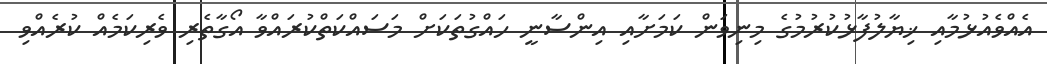
އެއްވެއުޅުމާއި ޚިޔާލުފާޅުކުރުމުގެ މިނިވަން ކަމަށާއި އިންސާނީ ހައްގުތަކަށް މަސައްކަތްކުރައްވާ އޯގާތެރި ވެރިކަމެއް ކުރެއްވި